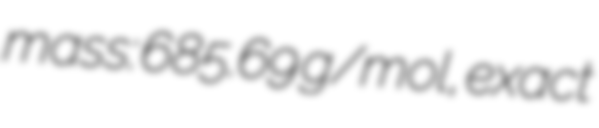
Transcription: mass: 685.69 g/mol, exact